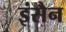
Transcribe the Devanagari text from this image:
इंसैन